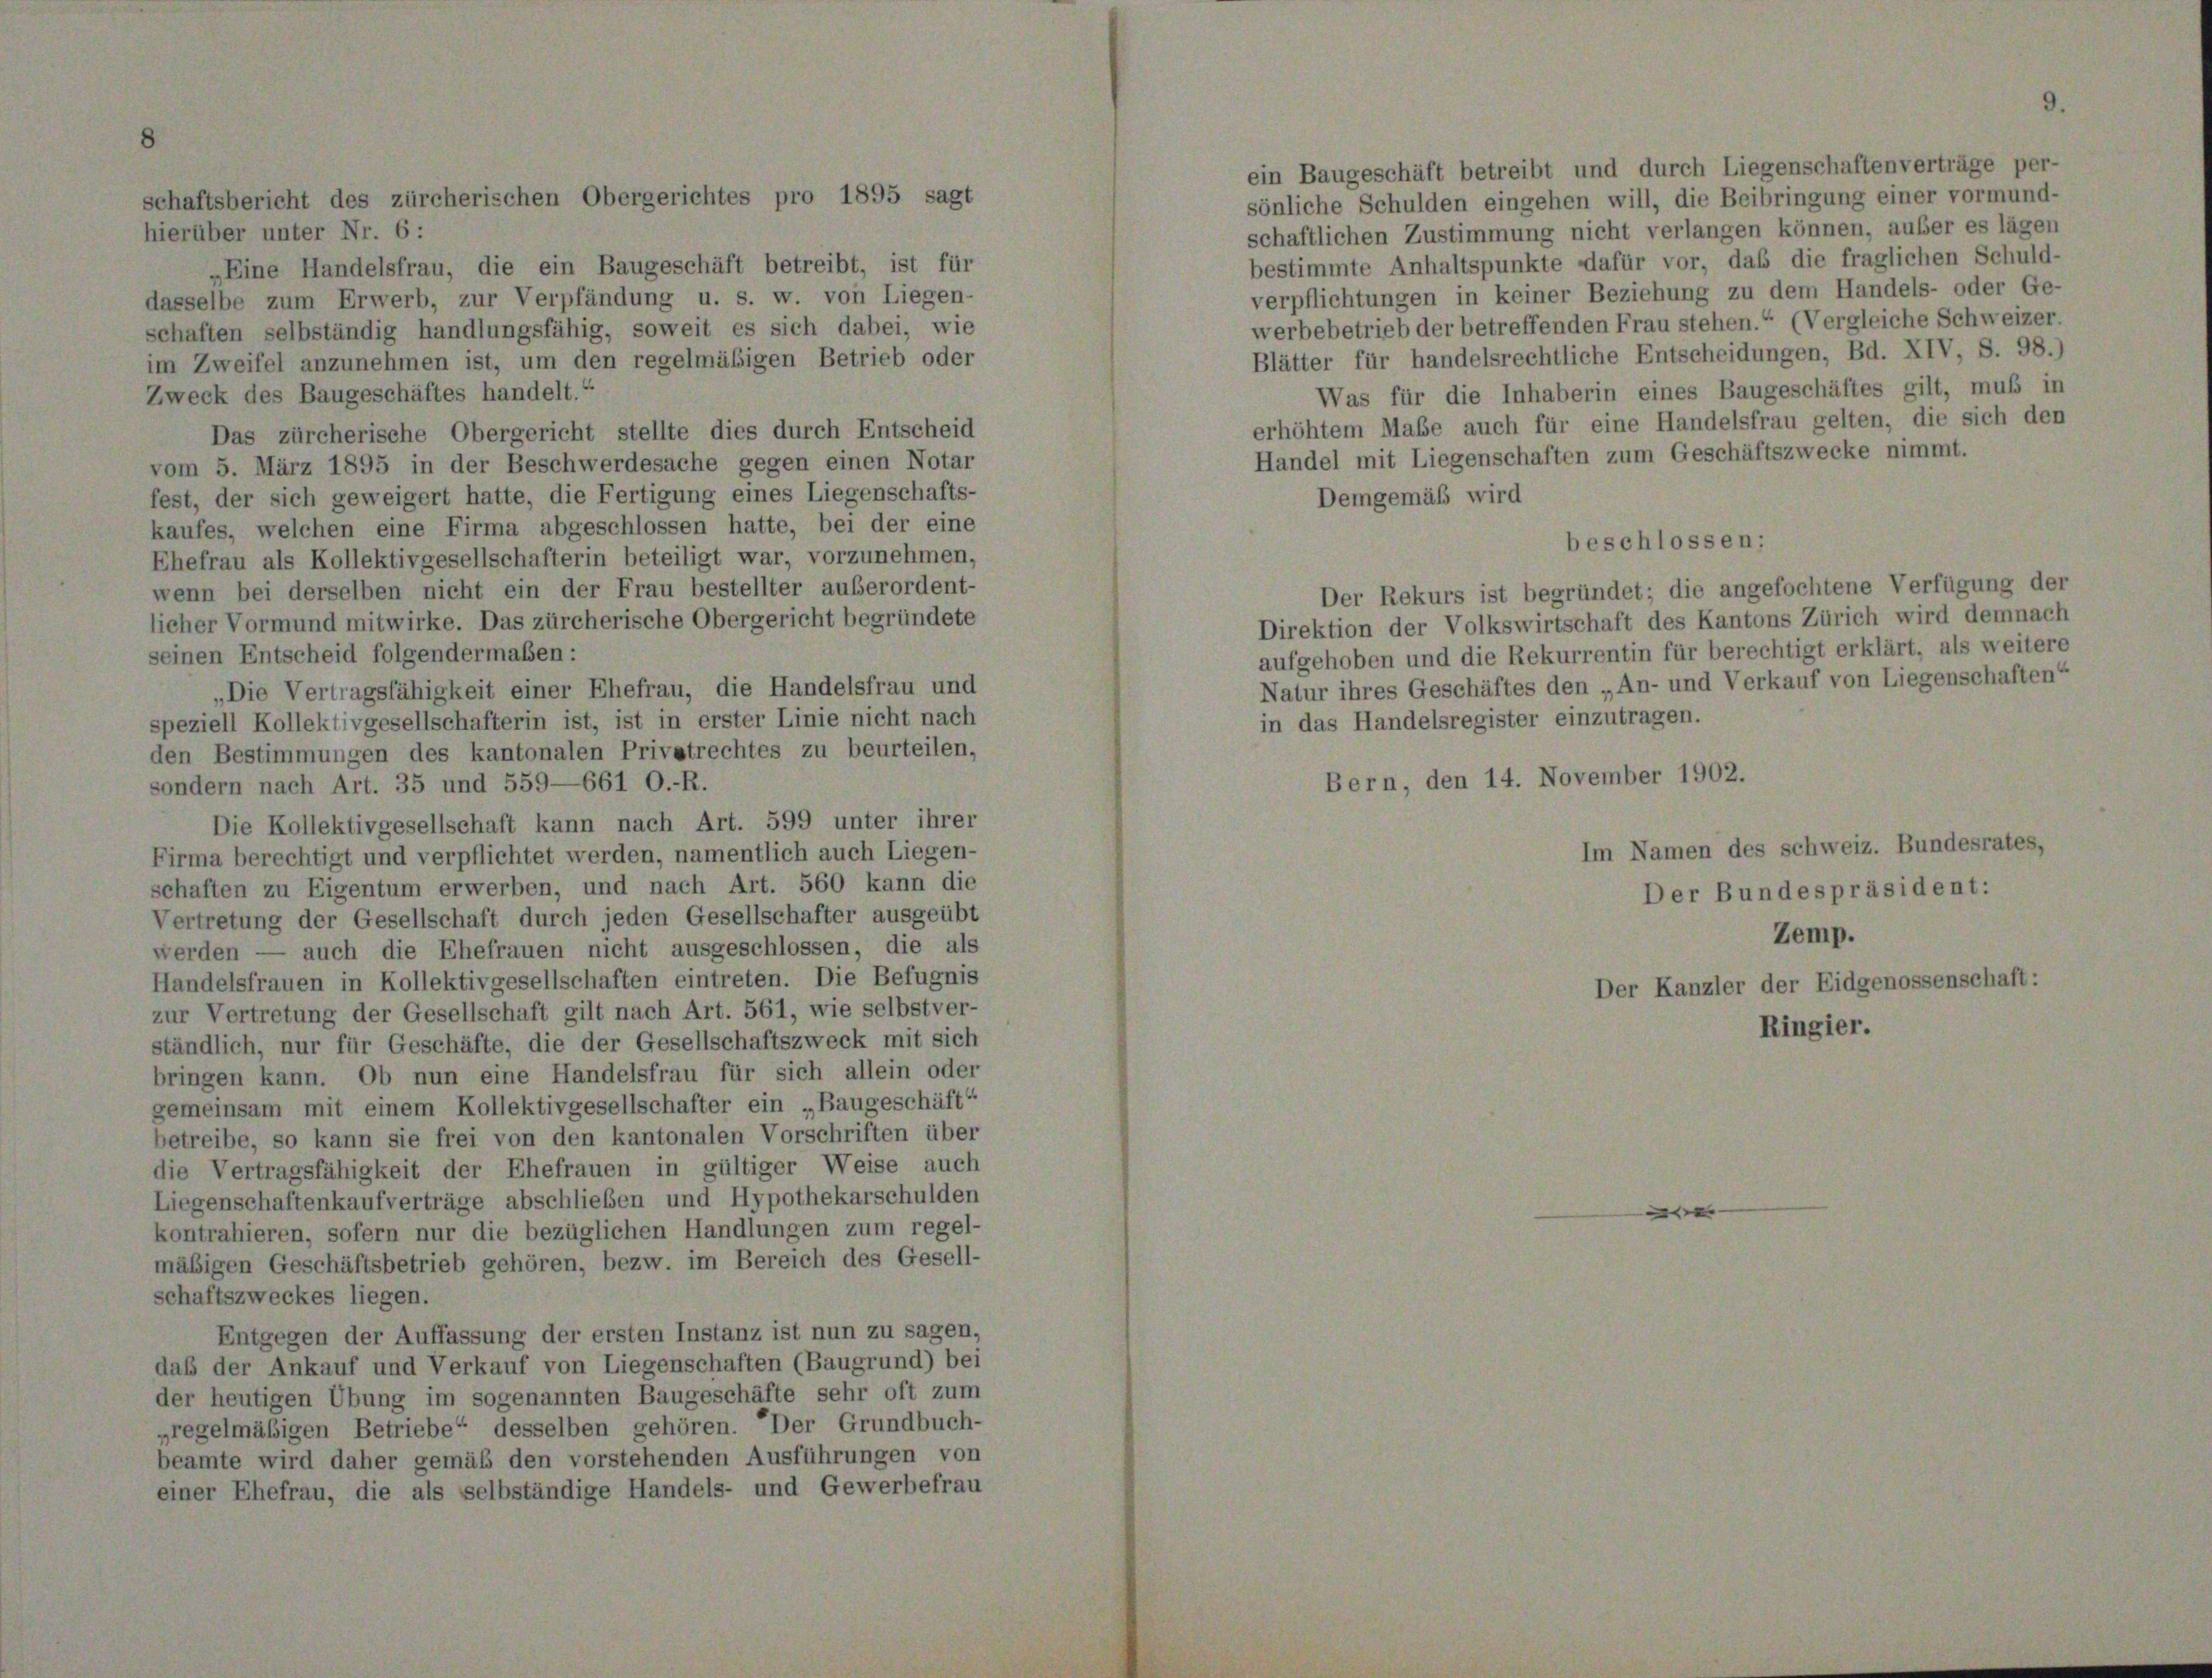
„Eine Handelsfrau, die ein Baugeschäft betreibt, ist für
dasselbe zum Erwerb, zur Verpfändung u. s. w. von Liegen-
schaften selbständig handlungsfähig, soweit es sich dabei, wie
im Zweifel anzunehmen ist, um den regelmäßigen Betrieb oder
Zweck des Baugeschäftes handelt.“
Das zürcherische Obergericht stellte dies durch Entscheid
vom 5. März 1895 in der Beschwerdesache gegen einen Notar
fest, der sich geweigert hatte, die Fertigung eines Liegenschafts-
kaufes, welchen eine Firma abgeschlossen hatte, bei der eine
Ehefrau als Kollektivgesellschafterin beteiligt war, vorzunehmen,
wenn bei derselben nicht ein der Frau bestellter außerordent-
licher Vormund mitwirke. Das zürcherische Obergericht begründete
seinen Entscheid folgendermaßen:
Die Vertragsfähigkeit einer Ehefrau, die Handelsfrau und
speziell Kollektivgesellschafterin ist, ist in erster Linie nicht nach
den Bestimmungen des kantonalen Privatrechtes zu beurteilen,
sondern nach Art. 35 und 559—661 O.-R.
Die Kollektivgesellschaft kann nach Art. 599 unter ihrer
Firma berechtigt und verpflichtet werden, namentlich auch Liegen-
schaften zu Eigentum erwerben, und nach Art. 560 kann die
Vertretung der Gesellschaft durch jeden Gesellschafter ausgeübt
werden — auch die Ehefrauen nicht ausgeschlossen, die als
Handelsfrauen in Kollektivgesellschaften eintreten. Die Befugnis
zur Vertretung der Gesellschaft gilt nach Art. 561, wie selbstver-
ständlich, nur für Geschäfte, die der Gesellschaftszweck mit sich
bringen kann. Ob nun eine Handelsfrau für sich allein oder
gemeinsam mit einem Kollektivgesellschafter ein „Baugeschäft“
betreibe, so kann sie frei von den kantonalen Vorschriften über
die Vertragsfähigkeit der Ehefrauen in gültiger Weise auch
Liegenschaftenkaufverträge abschließen und Hypothekarschulden
kontrahieren, sofern nur die bezüglichen Handlungen zum regel-
mäsigen Geschäftsbetrieb gehören, bezw. im Bereich des Gesell-
schaftszweckes liegen.
Entgegen der Auffassung der ersten Instanz ist nun zu sagen,
daß der Ankauf und Verkauf von Liegenschaften (Baugrund) bei
der heutigen Übung im sogenannten Baugeschäfte sehr oft zum
„regelmäßigen Betriebe“ desselben gehören. Der Grundbuch-
beamte wird daher gemäß den vorstehenden Ausführungen von
einer Ehefrau, die als selbständige Handels- und Gewerbefrau

ein Baugeschäft betreibt und durch Liegenschaftenverträge per-
sönliche Schulden eingehen will, die Beibringung einer vormund-
schaftlichen Zustimmung nicht verlangen können, außer es lägen
bestimmte Anhaltspunkte dafür vor, daß die fraglichen Schuld-
verpflichtungen in keiner Beziehung zu dem Handels- oder Ge-
werbebetrieb der betreffenden Frau stehen.“ (Vergleiche Schweizer.
Blätter für handelsrechtliche Entscheidungen, Bd. XIV, S. 98.)
Was für die Inhaberin eines Baugeschäftes gilt, muß in
erhöhtem Mabe auch für eine Handelsfrau gelten, die sich den
Handel mit Liegenschaften zum Geschäftszwecke nimmt.
Demgemäß wird
beschlossen:

Der Rekurs ist begründet; die angefochtene Verfügung der
Direktion der Volkswirtschaft des Kantons Zürich wird demnach
aufgehoben und die Rekurrentin für berechtigt erklärt, als weitere
Natur ihres Geschäftes den „An- und Verkauf v
in das Handelsregister einzutragen.
Bern, den 14. November 1902.

Im Namen des Schweiz. B.
Der Bundespräsiden